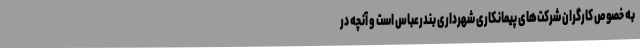
به خصوص کارگران شرکت‌های پیمانکاری شهرداری بندرعباس است و آنچه در